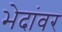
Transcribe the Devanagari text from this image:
भेदांवर